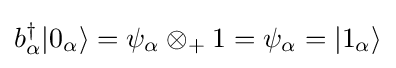
b_{\alpha }^{\dagger }|0_{\alpha }\rangle =\psi _{\alpha }\otimes _{+}1=\psi _{\alpha }=|1_{\alpha }\rangle